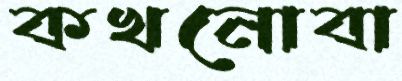
কখনোবা